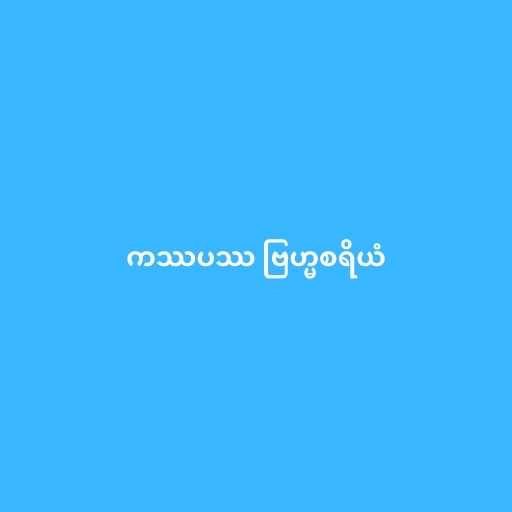
ကဿပဿ ဗြဟ္မစရိယံ